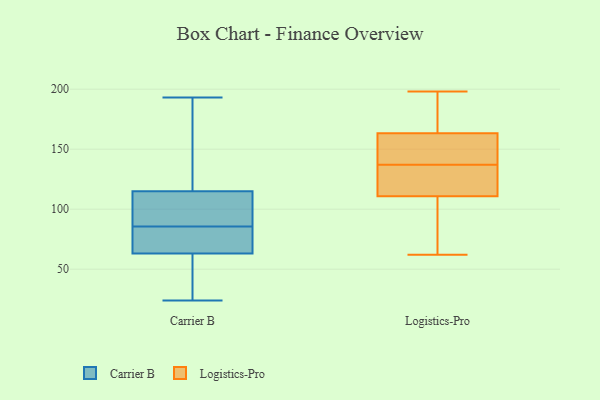
{"axis": {"x": "Revenue (USD Million)", "y": "Value"}, "legend": ["Carrier B", "Logistics-Pro"], "data": [{"x": "", "y": 70, "type": "Carrier B"}, {"x": "", "y": 84, "type": "Carrier B"}, {"x": "", "y": 63, "type": "Carrier B"}, {"x": "", "y": 193, "type": "Carrier B"}, {"x": "", "y": 24, "type": "Carrier B"}, {"x": "", "y": 69, "type": "Carrier B"}, {"x": "", "y": 131, "type": "Carrier B"}, {"x": "", "y": 38, "type": "Carrier B"}, {"x": "", "y": 123, "type": "Carrier B"}, {"x": "", "y": 87, "type": "Carrier B"}, {"x": "", "y": 71, "type": "Carrier B"}, {"x": "", "y": 47, "type": "Carrier B"}, {"x": "", "y": 47, "type": "Carrier B"}, {"x": "", "y": 115, "type": "Carrier B"}, {"x": "", "y": 147, "type": "Carrier B"}, {"x": "", "y": 109, "type": "Carrier B"}, {"x": "", "y": 91, "type": "Carrier B"}, {"x": "", "y": 112, "type": "Carrier B"}, {"x": "", "y": 131, "type": "Logistics-Pro"}, {"x": "", "y": 104, "type": "Logistics-Pro"}, {"x": "", "y": 142, "type": "Logistics-Pro"}, {"x": "", "y": 170, "type": "Logistics-Pro"}, {"x": "", "y": 143, "type": "Logistics-Pro"}, {"x": "", "y": 62, "type": "Logistics-Pro"}, {"x": "", "y": 137, "type": "Logistics-Pro"}, {"x": "", "y": 198, "type": "Logistics-Pro"}, {"x": "", "y": 132, "type": "Logistics-Pro"}, {"x": "", "y": 70, "type": "Logistics-Pro"}, {"x": "", "y": 196, "type": "Logistics-Pro"}]}